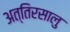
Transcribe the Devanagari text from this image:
अत्तिरसालु